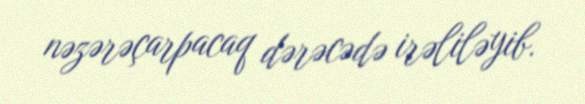
nəzərəçarpacaq dərəcədə irəliləyib.